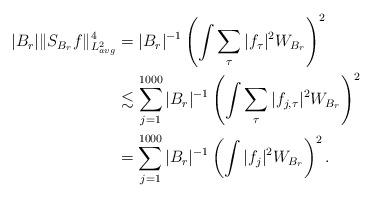
LaTeX: \begin{align*} |B_r|\|S_{B_r}f\|_{L^2_{avg}}^4&= |B_r|^{-1}\left(\int\sum_{\tau}|f_\tau|^2 W_{B_r}\right)^2\\ &\lesssim \sum_{j=1}^{1000}|B_r|^{-1}\left(\int\sum_{\tau}|f_{j,\tau}|^2 W_{B_r}\right)^2 \\ &=\sum_{j=1}^{1000}|B_r|^{-1}\left(\int|f_{j}|^2 W_{B_r}\right)^2 . \end{align*}